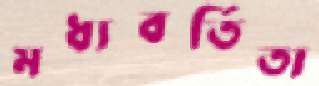
মধ্যবর্তিতা